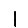
Digit: 1